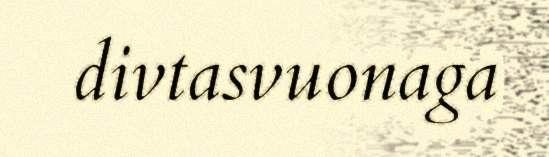
divtasvuonaga